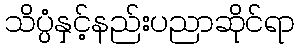
သိပ္ပံနှင့်နည်းပညာဆိုင်ရာ